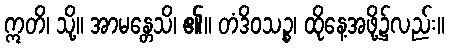
ဣတိ၊ သို့။ အာမန္တေသိ၊ ၏။ တံဒိဝသဉ္စ၊ ထိုနေ့အဖို့၌လည်း။